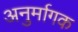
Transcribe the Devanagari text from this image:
अनुर्मागक